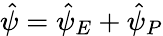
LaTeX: \hat{\psi}=\hat{\psi}_{E}+\hat{\psi}_{P}